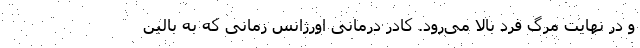
و در نهایت مرگ فرد بالا می‌رود. کادر درمانی اورژانس زمانی که به بالین